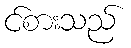
င်စားသည်